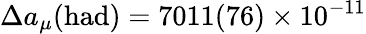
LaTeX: \Delta a_{\mu}(\mathrm{had})=7011(76)\times 10^{-11}